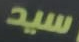
سيد